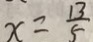
x = \frac { 1 3 } { 5 }